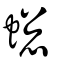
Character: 蟌